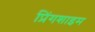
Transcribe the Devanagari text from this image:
प्रिंगशाइम